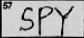
Transcription: SPY